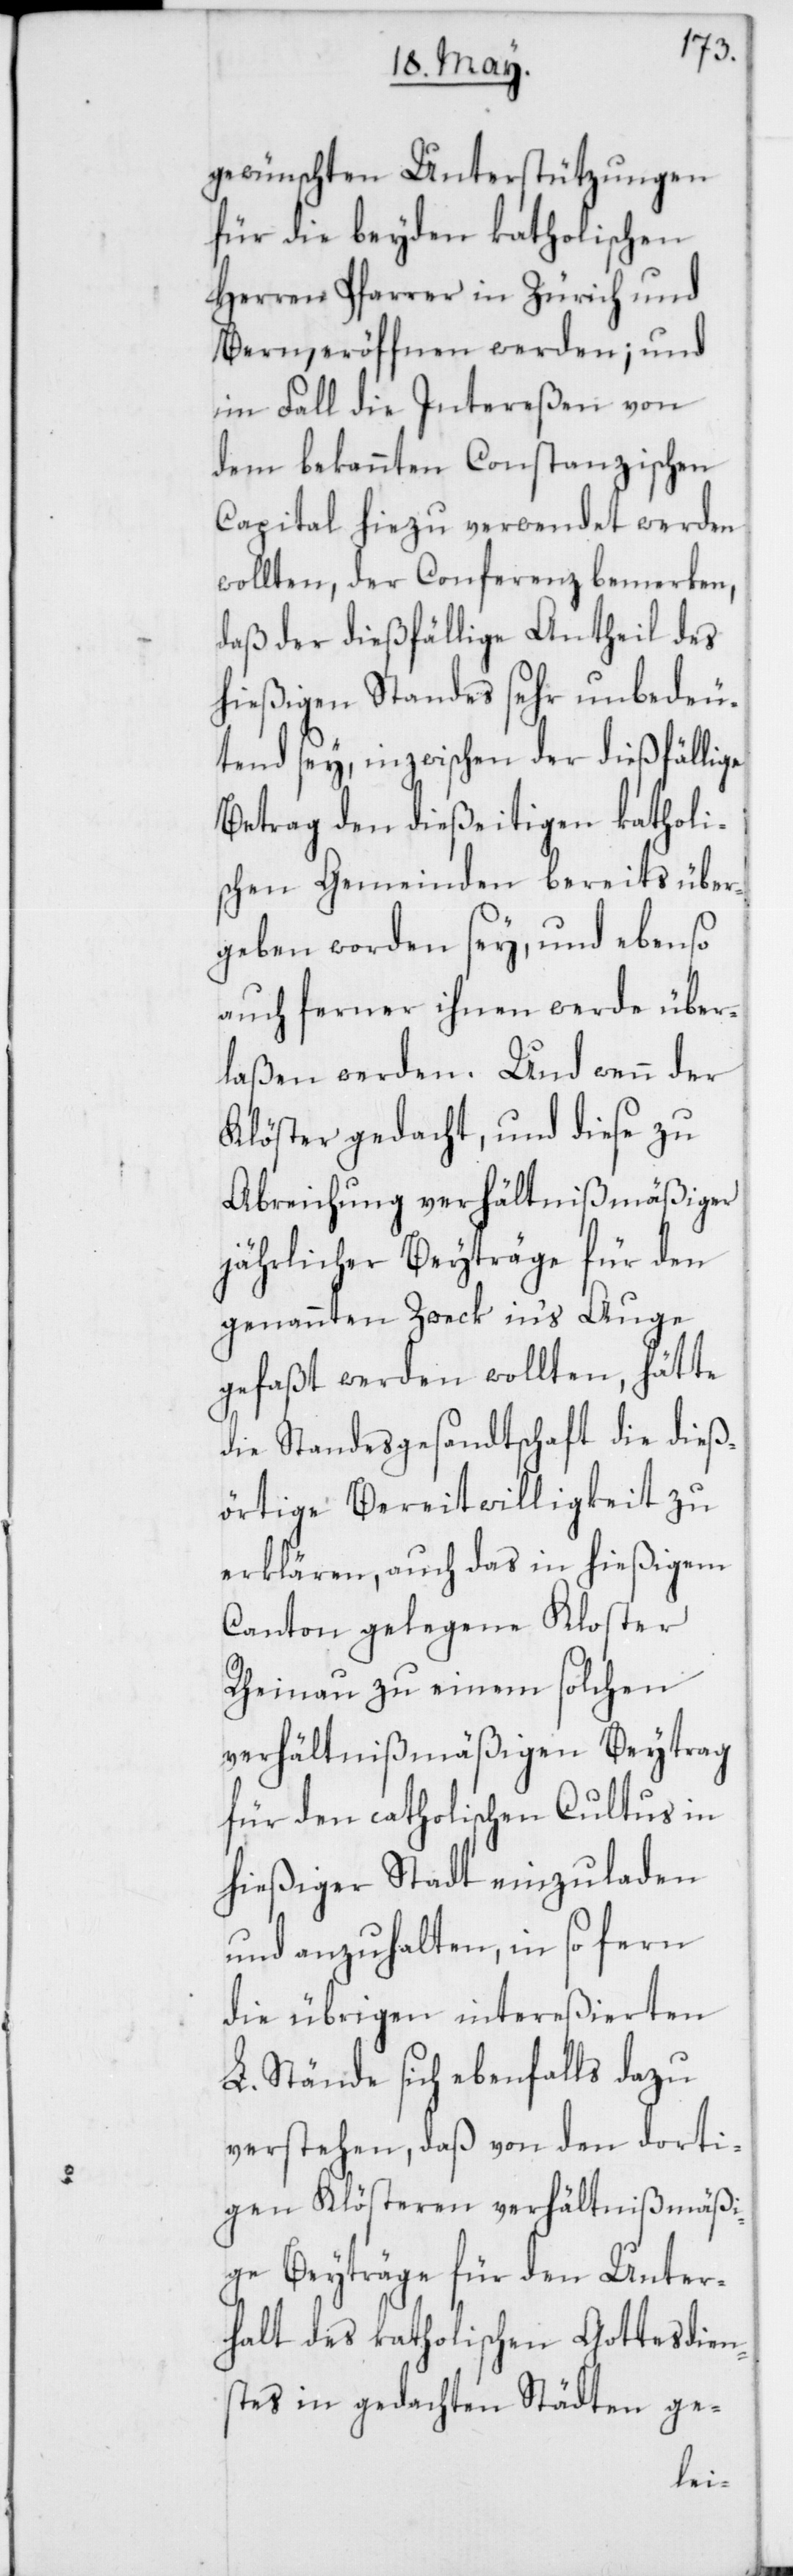
gewünschten Unterstützungen
für die beyden katholischen
Herren Pfarrer in Zürich und
Bern, eröffnen werden; und
im Fall die Intereßen von
dem bekannten Constanzischen
Capital hiezu verwendet werden
wollten, der Conferenz bemerken,
daß der dießfällige Antheil des
hießigen Standes sehr unbedeu¬
tend sey, inzwischen der dießfällige
Betrag den dießeitigen katholi¬
schen Gemeinden bereits über¬
geben worden sey, und ebenso
auch ferner ihnen werde über¬
laßen werden. Und wenn der
Klöster gedacht, und diese zu
Abreichung verhältnißmäßiger
jährlicher Beyträge für den
genannten Zweck in‘s Auge
gefaßt werden wollten, hätte
die Standesgesandtschaft die dieß¬
örtige Bereitwilligkeit zu
erklären, auch das in hießigem
Canton gelegene Kloster
Rheinau zu einem solchen
verhältnißmäßigen Beytrag
für den catholischen Cultus in
hießiger Stadt einzuladen
und anzuhalten, in so fern
die übrigen intereßierten
L. Stände sich ebenfalls dazu
verstehen, daß von den dorti¬
gen Klösteren verhältnißmäßi¬
ge Beyträge für den Unter¬
halt des katholischen Gottesdien¬
stes in gedachten Städten ge-